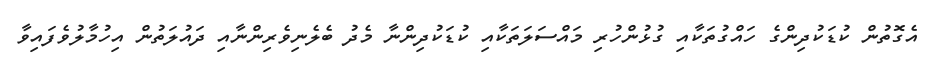
އެގޮތުން ކުޑަކުދިންގެ ހައްގުތަކާއި ގުޅުންހުރި މައްސަލަތަކާއި ކުޑަކުދިންނާ މެދު ބެލެނިވެރިންނާއި ދައުލަތުން އިހުމާލުވެފައިވާ